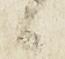
候